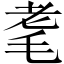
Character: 耄